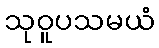
သုဝူပသမယံ